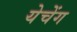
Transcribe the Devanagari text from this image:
येचेंग